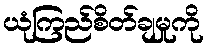
ယုံကြည်စိတ်ချမှုကို